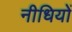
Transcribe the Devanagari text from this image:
नीधियों